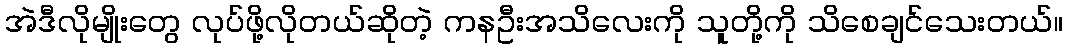
အဲဒီလိုမျိုးတွေ လုပ်ဖို့လိုတယ်ဆိုတဲ့ ကနဦးအသိလေးကို သူတို့ကို သိစေချင်သေးတယ်။